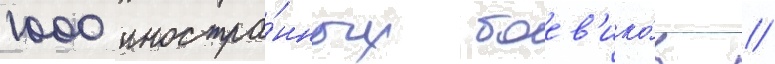
1000 иностра́нных боев'ико́в //